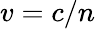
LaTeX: v=c/n